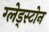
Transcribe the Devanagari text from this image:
ग्लेड्स्टोन